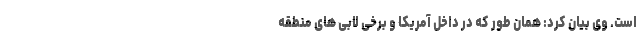
است. وی بیان کرد: همان طور که در داخل آمریکا و برخی لابی های منطقه